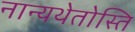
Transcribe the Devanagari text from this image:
नान्यथेतोस्ति